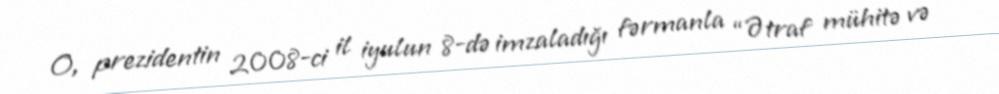
O, prezidentin 2008-ci il iyulun 8-də imzaladığı fərmanla “Ətraf mühitə və